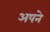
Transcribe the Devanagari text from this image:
अपने